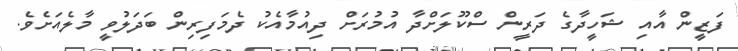
ފަޒީން އާއި ޝަހީދާގެ ދަރީން ސްކޫލަށްދާ އުމުރަށް ދިއުމާއެކު ދެމަފިރިން ބަދަލުވީ މާލެއަށެވެ.